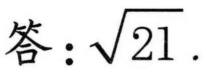
答：\(\sqrt{21}\).